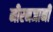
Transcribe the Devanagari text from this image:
मीरनजानी